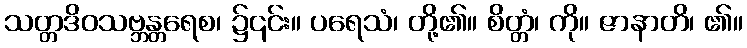
သတ္တဒိဝသဗ္ဘန္တရေစ၊ ၌၎င်း။ ပရေသံ၊ တို့၏။ စိတ္တံ၊ ကို။ ဇာနာတိ၊ ၏။